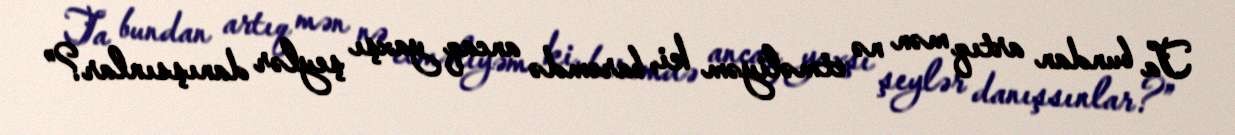
Ta bundan artıq mən nə etməliyəm ki, barəmdə ancaq yaxşı şeylər danışsınlar?”